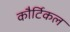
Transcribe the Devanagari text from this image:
कौर्टिकल